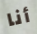
أنا